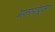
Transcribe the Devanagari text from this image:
मनसापूजा